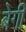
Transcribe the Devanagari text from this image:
बेगी